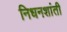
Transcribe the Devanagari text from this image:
निधनशांती